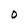
Character: O